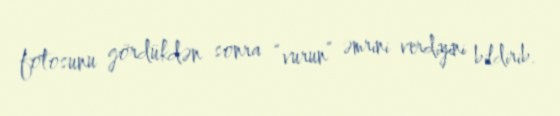
fotosunu gördükdən sonra “vurun” əmrini verdiyini bildirib.